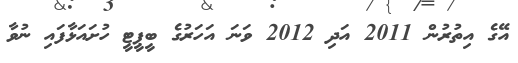
އޭގެ އިތުރުން 2011 އަދި 2012 ވަނަ އަހަރުގެ ބީޕީޓީ ހުށައަޅާފައި ނުވާ